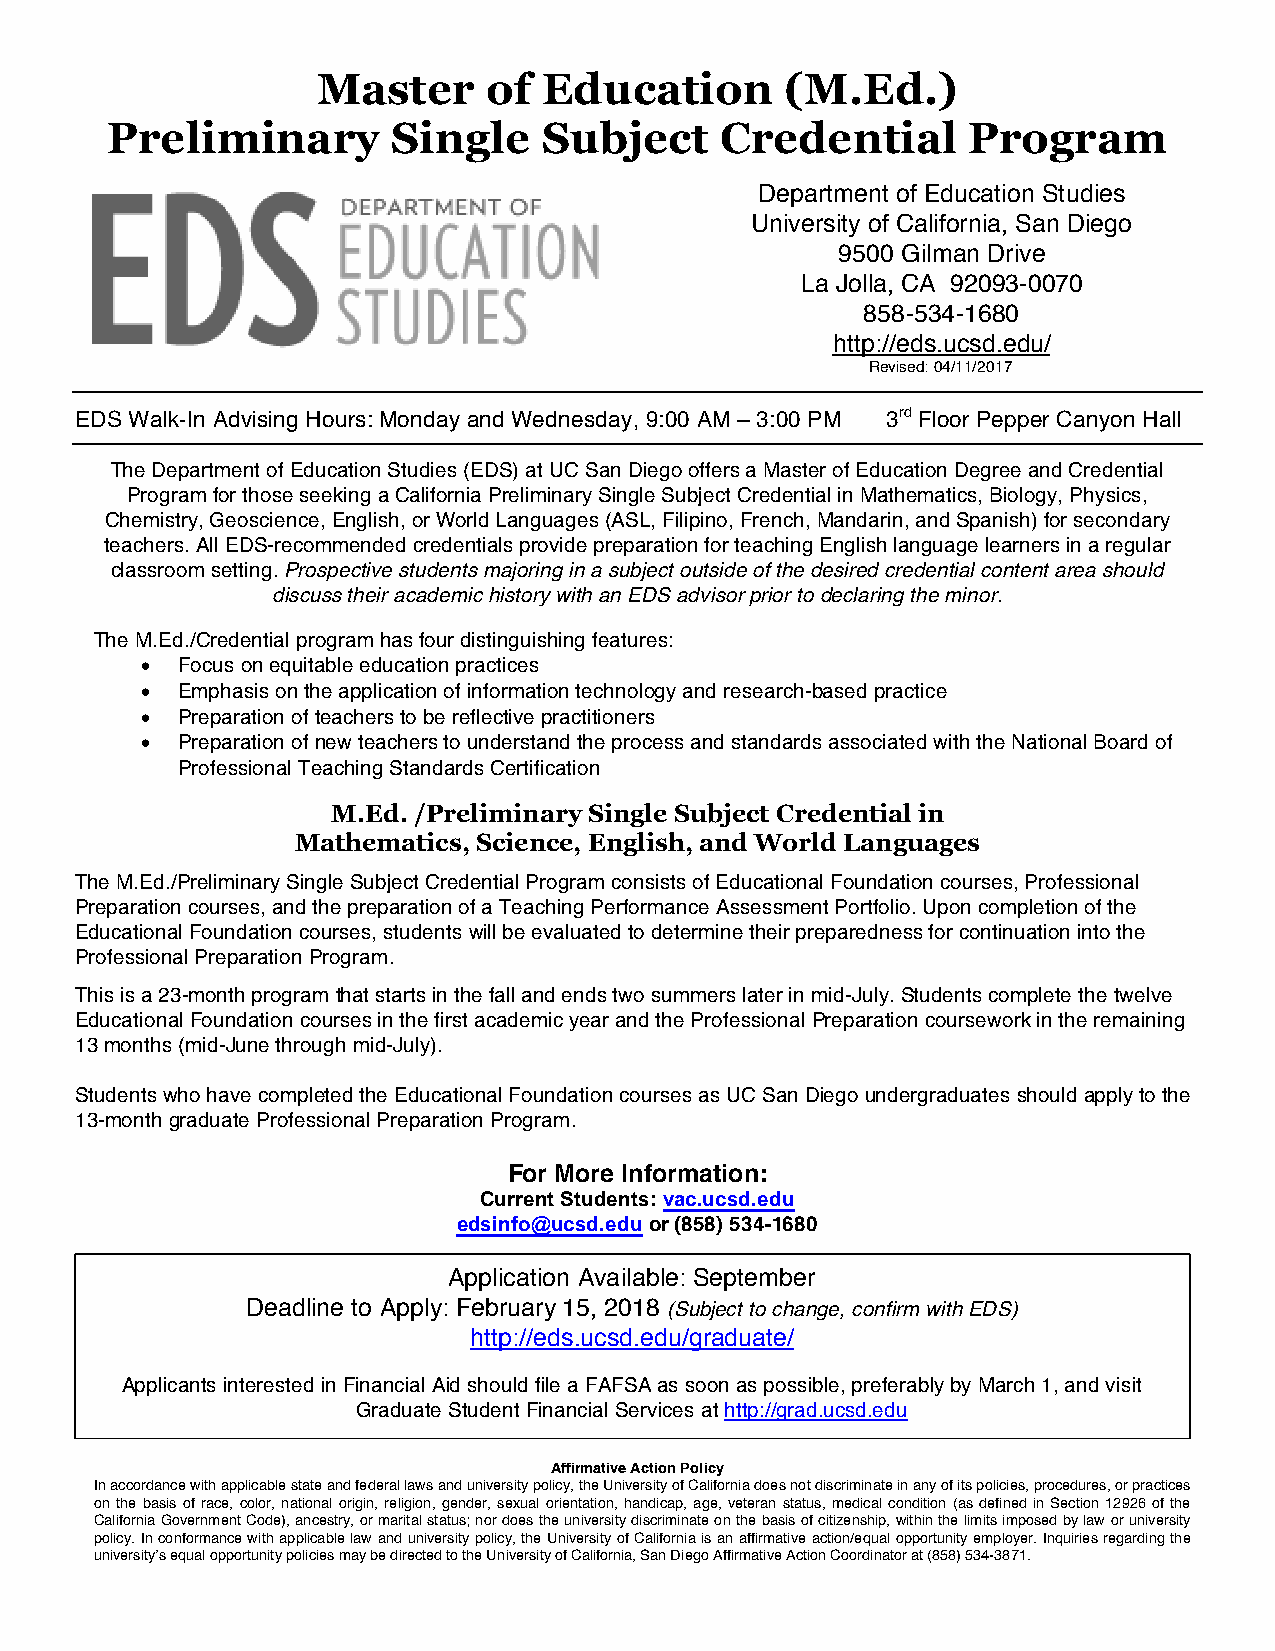
Master     of  Education       (M.Ed.)
 Preliminary        Single    Subject     Credential      Program
 Department of Education Studies
 University of California, San Diego
 9500 Gilman Drive
 La Jolla, CA 92093-0070
 858-534-1680
 http://eds.ucsd.edu/
 Revised: 04/11/2017
 EDS Walk-In Advising Hours: Monday and Wednesday, 9:00 AM – 3:00 PM 3rd Floor Pepper Canyon Hall
 The Department of Education Studies (EDS) at UC San Diego offers a Master of Education Degree and Credential
 Program for those seeking a California Preliminary Single Subject Credential in Mathematics, Biology, Physics,
 Chemistry, Geoscience, English, or World Languages (ASL, Filipino, French, Mandarin, and Spanish) for secondary
 teachers. All EDS-recommended credentials provide preparation for teaching English language learners in a regular
 classroom setting. Prospective students majoring in a subject outside of the desired credential content area should
 discuss their academic history with an EDS advisor prior to declaring the minor.
 The M.Ed./Credential program has four distinguishing features:
 •  Focus on equitable education practices
 •  Emphasis on the application of information technology and research-based practice
 •  Preparation of teachers to be reflective practitioners
 •  Preparation of new teachers to understand the process and standards associated with the National Board of
 Professional Teaching Standards Certification
 M.Ed. /Preliminary Single Subject Credential in
 Mathematics, Science, English, and World Languages
 The M.Ed./Preliminary Single Subject Credential Program consists of Educational Foundation courses, Professional
 Preparation courses, and the preparation of a Teaching Performance Assessment Portfolio. Upon completion of the
 Educational Foundation courses, students will be evaluated to determine their preparedness for continuation into the
 Professional Preparation Program.
 This is a 23-month program that starts in the fall and ends two summers later in mid-July. Students complete the twelve
 Educational Foundation courses in the first academic year and the Professional Preparation coursework in the remaining
 13 months (mid-June through mid-July).
 Students who have completed the Educational Foundation courses as UC San Diego undergraduates should apply to the
 13-month graduate Professional Preparation Program.
 For More Information:
 Current Students: vac.ucsd.edu
 edsinfo@ucsd.edu or (858) 534-1680
 Application Available: September
 Deadline to Apply: February 15, 2018 (Subject to change, confirm with EDS)
 http://eds.ucsd.edu/graduate/
 Applicants interested in Financial Aid should file a FAFSA as soon as possible, preferably by March 1, and visit
 Graduate Student Financial Services at http://grad.ucsd.edu
 Affirmative Action Policy
 In accordance with applicable state and federal laws and university policy, the University of California does not discriminate in any of its policies, procedures, or practices
 on the basis of race, color, national origin, religion, gender, sexual orientation, handicap, age, veteran status, medical condition (as defined in Section 12926 of the
 California Government Code), ancestry, or marital status; nor does the university discriminate on the basis of citizenship, within the limits imposed by law or university
 policy. In conformance with applicable law and university policy, the University of California is an affirmative action/equal opportunity employer. Inquiries regarding the
 university’s equal opportunity policies may be directed to the University of California, San Diego Affirmative Action Coordinator at (858) 534-3871.